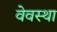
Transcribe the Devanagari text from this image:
वेवस्था